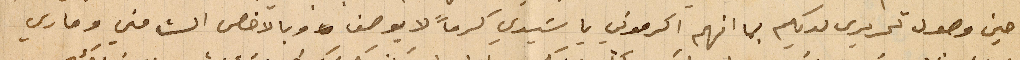
حين وصول تحريري لديكم بما انهم اكرموني يا سيدي كرماً لا يوصف وبالاخص الست مني وماري